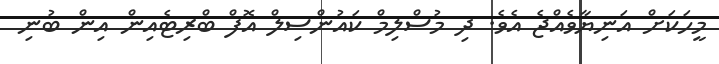
މީހަކަށް އަނިޔާވެއްޖެ އެވެ. ދި މުސްލިމް ކައުންސިލް އޮފް ބްރިޓެއިން އިން ބުނި